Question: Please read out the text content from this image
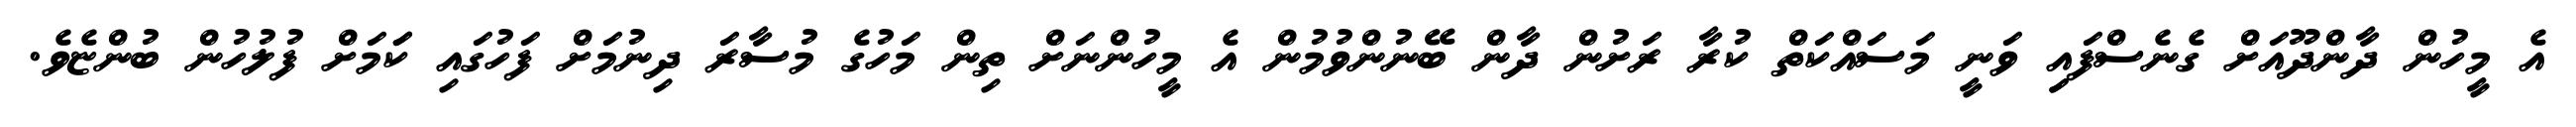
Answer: އެ މީހުން ދާންދޫއަށް ގެނެސްފައިި ވަނީ މަސައްކަތް ކުރާ ރަށުން ދާން ބޭނުންވުމުން އެ މީހުންނަށް ތިން މަހުގެ މުސާރަ ދިނުމަށް ފަހުގައި ކަަމަށް ފުލުހުން ބުންޏެވެ.